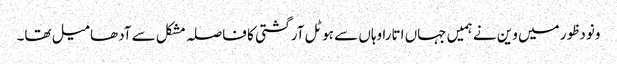
ونودظور میں وین نے ہمیں جہاں اتارا وہاں سے ہوٹل آرگشتی کا فاصلہ مشکل سے آدھا میل تھا۔